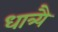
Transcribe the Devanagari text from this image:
धात्र्यै